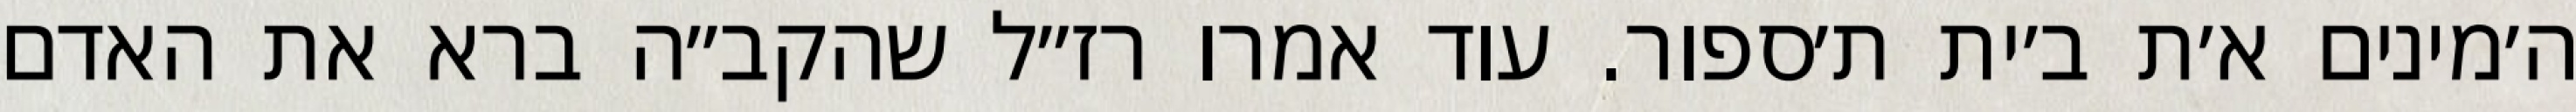
ה׳מינים א׳ת ב׳ית ת׳ספור. עוד אמרו רז״ל שהקב״ה ברא את האדם